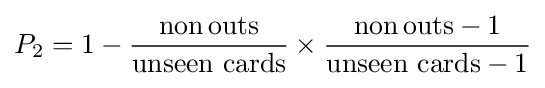
P_{2}=1-{\frac {\mathrm {non} \,\mathrm {outs} }{\mathrm {unseen} \,\,\mathrm {cards} }}\times {\frac {\mathrm {non} \,\mathrm {outs} -1}{\mathrm {unseen} \,\,\mathrm {cards} -1}}